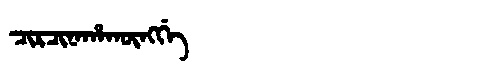
Manchu: ᠴᡳᡵᠴᡳᠨᠠᡥᠠᡴᡡᠩᡤᡝ
Romanization: CIRCINAHAKŪNGGE